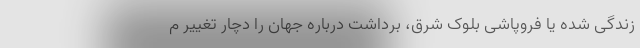
زندگی شده یا فروپاشی بلوک شرق، برداشت درباره جهان را دچار تغییر م